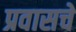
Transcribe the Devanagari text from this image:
प्रवासचे